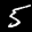
Label: 5